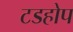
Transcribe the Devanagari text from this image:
टडहोप